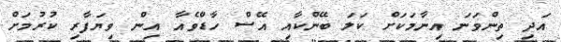
އަދި ތިންވަނަ އިނާމަކަށް ކަލަ ބޭންކާއި އޭސް ހާޑްވެއާ އިން ވިޔަފާރި ކުރުމަށް